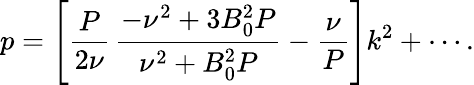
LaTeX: p=\left[\frac{P}{2\nu}\, \frac{-\nu^{2}+3B_{0}^{2}P}{\nu^{2}+B_{0}^{2}P}-\frac{\nu}{P}\right]k^{2}+\cdots.